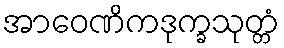
အာဝေဏိကဒုက္ခသုတ္တံ